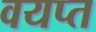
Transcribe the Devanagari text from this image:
वयप्त